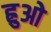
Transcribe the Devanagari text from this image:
ह्रुओ